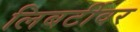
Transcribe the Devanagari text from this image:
लिबर्टीवर